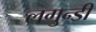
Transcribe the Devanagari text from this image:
लगुन्डी